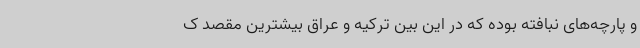
و پارچه‌های نبافته بوده که در این بین ترکیه و عراق بیشترین مقصد ک